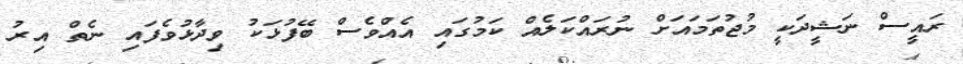
ރައީސް ނަޝީދަކީ މުޖުތަމައަށް ނުރައްކަލެއް ކަމުގައި އެއްވެސް ބޭފުޅަކު ވިދާޅުވެފައި ނެތް އިރު